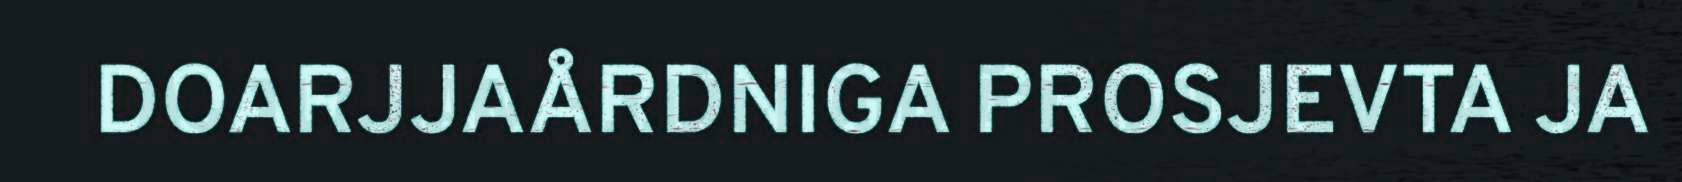
DOARJJAÅRDNIGA PROSJEVTA JA